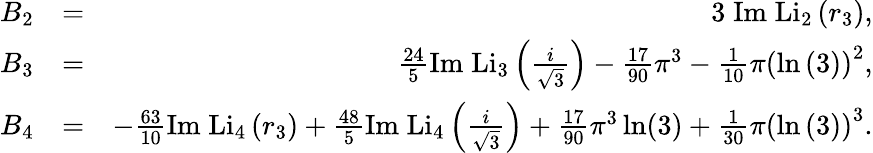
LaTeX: \begin{array}{rlr}{B_{2}}&{=}&{3\; \mathrm{Im}\; \mathrm{Li}_{2}\left(r_{3}\right),}\\ {B_{3}}&{=}&{\frac{24}{5}\mathrm{Im}\; \mathrm{Li}_{3}\left(\frac{i}{\sqrt{3}}\right)-\frac{17}{90}\pi^{3}-\frac{1}{10}\pi\left(\ln\left(3\right)\right)^{2},}\\ {B_{4}}&{=}&{-\frac{63}{10}\mathrm{Im}\; \mathrm{Li}_{4}\left(r_{3}\right)+\frac{48}{5}\mathrm{Im}\; \mathrm{Li}_{4}\left(\frac{i}{\sqrt{3}}\right)+\frac{17}{90}\pi^{3}\ln(3)+\frac{1}{30}\pi\left(\ln\left(3\right)\right)^{3}.}\end{array}